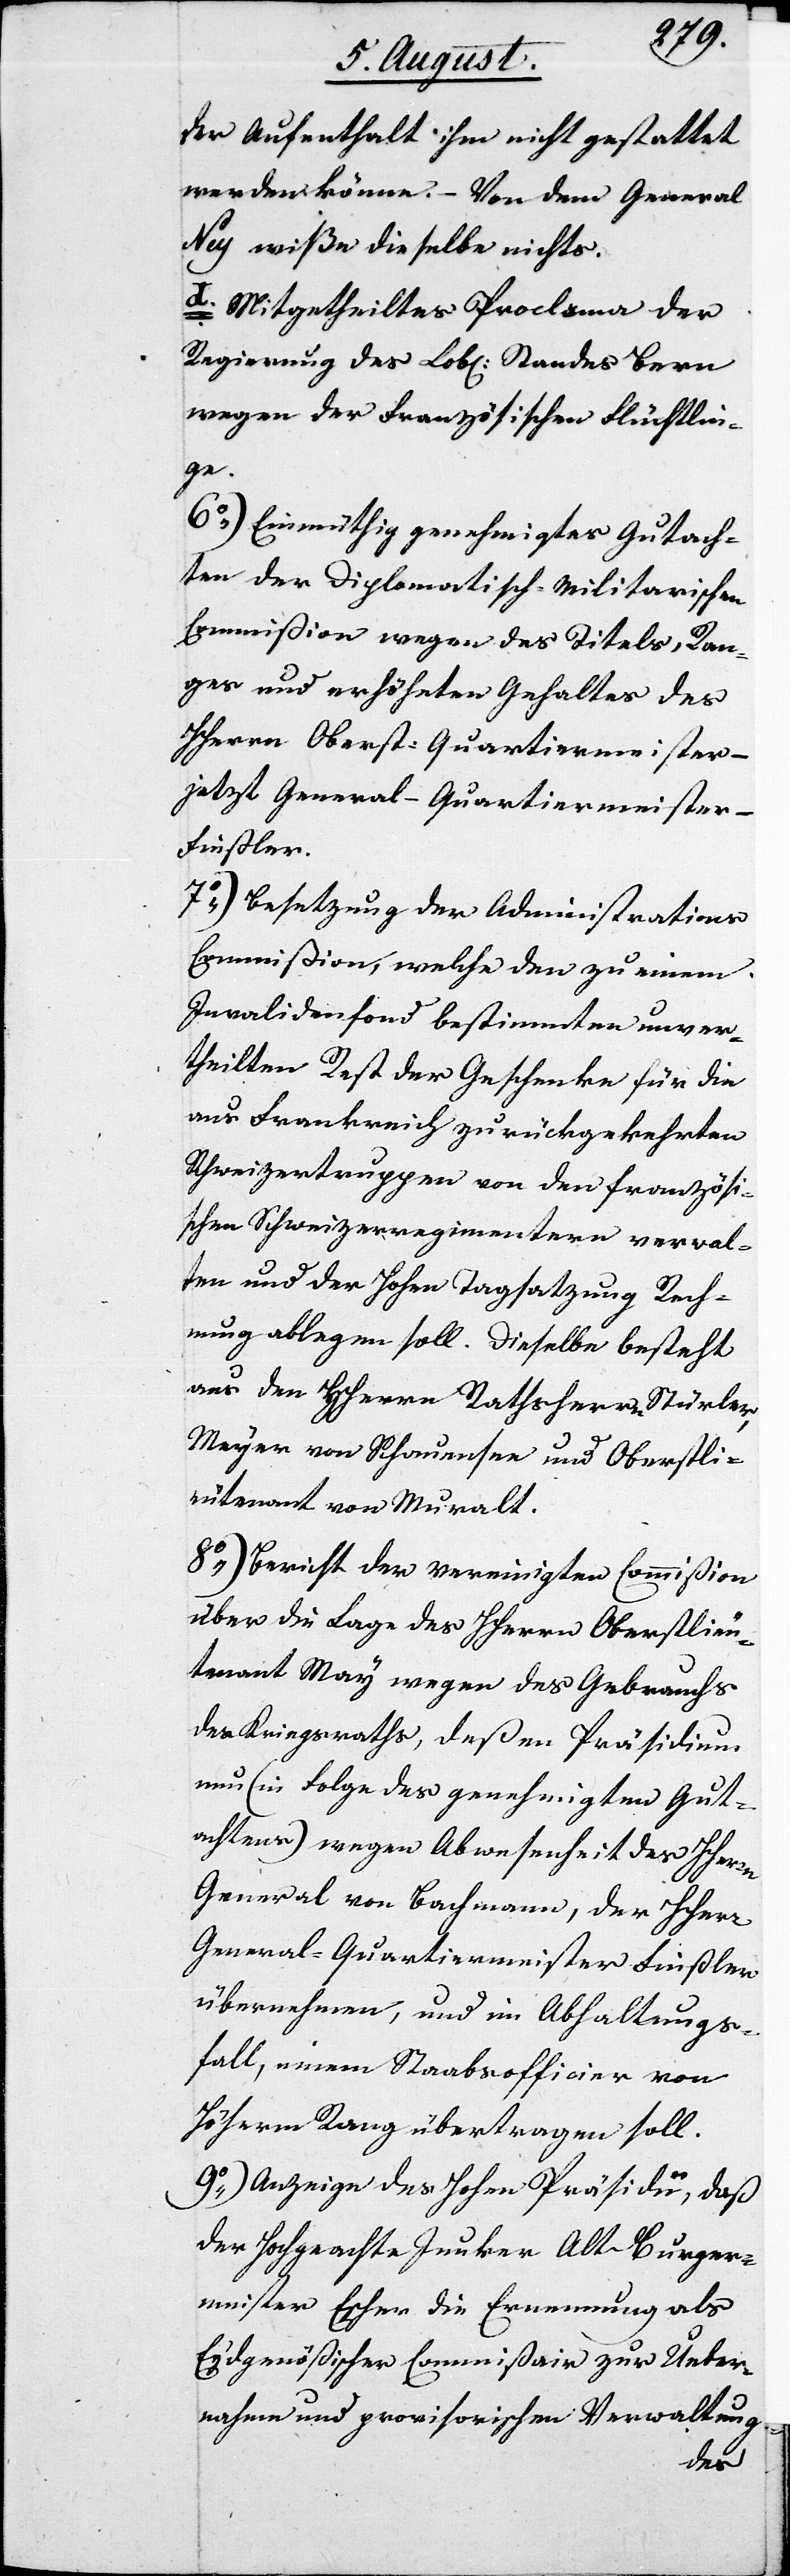
der Aufenthalt ihm nicht gestattet
werde könne. – Von dem General
Ney wiße dieselbe nichts.
d. Mitgetheiltes Proclama der
Regierung des Lobl. Standes Bern
wegen der Französischen Flüchtlin¬
ge.
6.) Einmüthig genehmigtes Gutach¬
ten der Diplomatisch-Militarischen
Commißion wegen des Titels, Ran¬
ges und erhöheten Gehaltes des
HHerrn Oberst-Quartiermeister –
jetzt Generalquartiermeister –
Finsler.
7.) Besetzung der Administrativen
Commißion, welche den zu einem
Invalidenfond bestimmten unver¬
theilten Rest der Geschenke für die
aus Frankreich zurückgekehrten
Schweizertruppen von den Französi¬
schen Schweizerregimentern verwal¬
ten und der Hohen Tagsatzung Rech¬
nung ablegen soll. Dieselbe besteht
aus den HHerrn Rathsherrn Stürler,
Meyer von Schauensee und Oberstli¬
eutenant von Muralt.
8.) Bericht der vereinigten Commißion
über die Lage des HHerrn Oberstlieu¬
tenant May wegen des Gebrauchs
des Kriegsraths, deßen Präsidium
nun (in Folge des genehmigten Gut¬
achtens) wegen Abwesenheit des HHerrn
General von Bachmann, der HHerr
General-Quartiermeister Finßler
übernehmen, und im Abhaltungs¬
fall, einem Staabsofficier von
Höherm Rang übertragen soll.
9.) Anzeige des Hohen Präsidii, daß
der Hochgeachte Junker Alt-Burger¬
meister Escher die Ernennung als
Eydgenößischer Commißair zur Ueber¬
nahme und provisorischen Verwaltung
daß